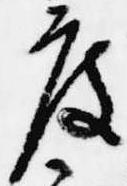
度